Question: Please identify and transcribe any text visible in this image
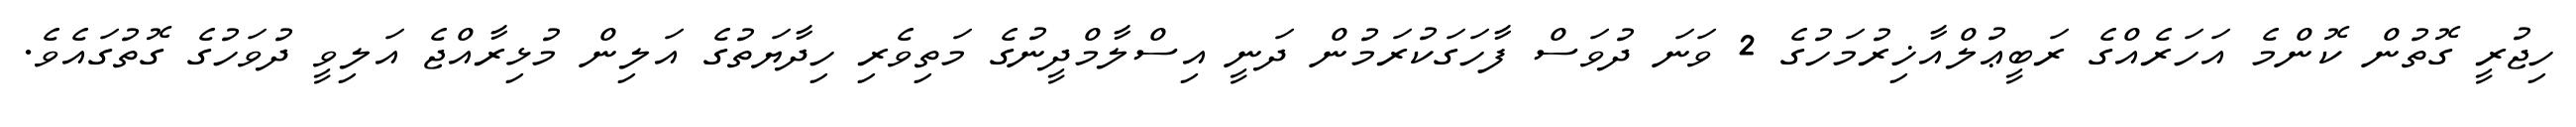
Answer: ހިޖުރީ ގޮތުން ކޮންމެ އަހަރެއްގެ ރަބީޢުލްއާޚިރުމަހުގެ 2 ވަނަ ދުވަސް ފާހަގަކުރަމުން ދަނީ އިސްލާމްދީނުގެ މަތިވެރި ހިދާޔަތުގެ އަލިން މުޅިރާއްޖެ އަލިވީ ދުވަހުގެ ގޮތުގައެވެ.